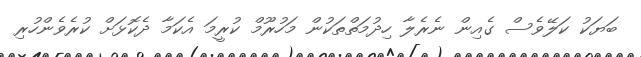
ބަޔަކު ކަލޭވެސް ގެއިން ނެރެލާ ހިދުމަތްތަކުން މަހުރޫމް ކުރީމަ އެކަމާ ދެކޮޅަށް ކުރެވެންހުރި